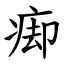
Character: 㾡